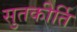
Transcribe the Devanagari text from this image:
सुतकीर्ति